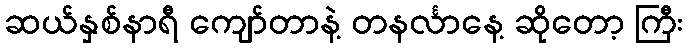
ဆယ်နှစ်နာရီ ကျော်တာနဲ့ တနင်္လာနေ့ ဆိုတော့ ကြီး